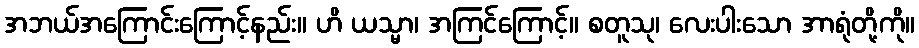
အဘယ်အကြောင်းကြောင့်နည်း။ ဟိ ယသ္မာ၊ အကြင်ကြောင့်။ စတူသု၊ လေးပါးသော အာရုံတို့ကို။